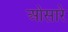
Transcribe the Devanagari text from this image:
ओसारे